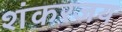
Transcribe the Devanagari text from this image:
शंकरजय